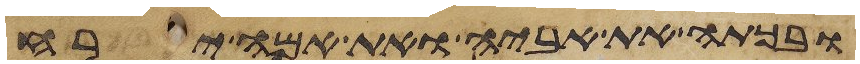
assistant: ובכתה את אביה ואת אמה ירח